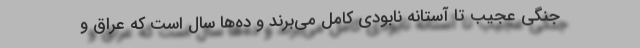
جنگی عجیب تا آستانه نابودی کامل می‌برند و ده‌ها سال است که عراق و